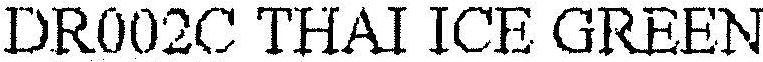
DR002C THAI ICE GREEN